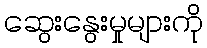
ဆွေးနွေးမှုများကို